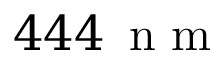
4 4 4 \ensuremath { \, \mathrm { ~ n ~ m ~ } }